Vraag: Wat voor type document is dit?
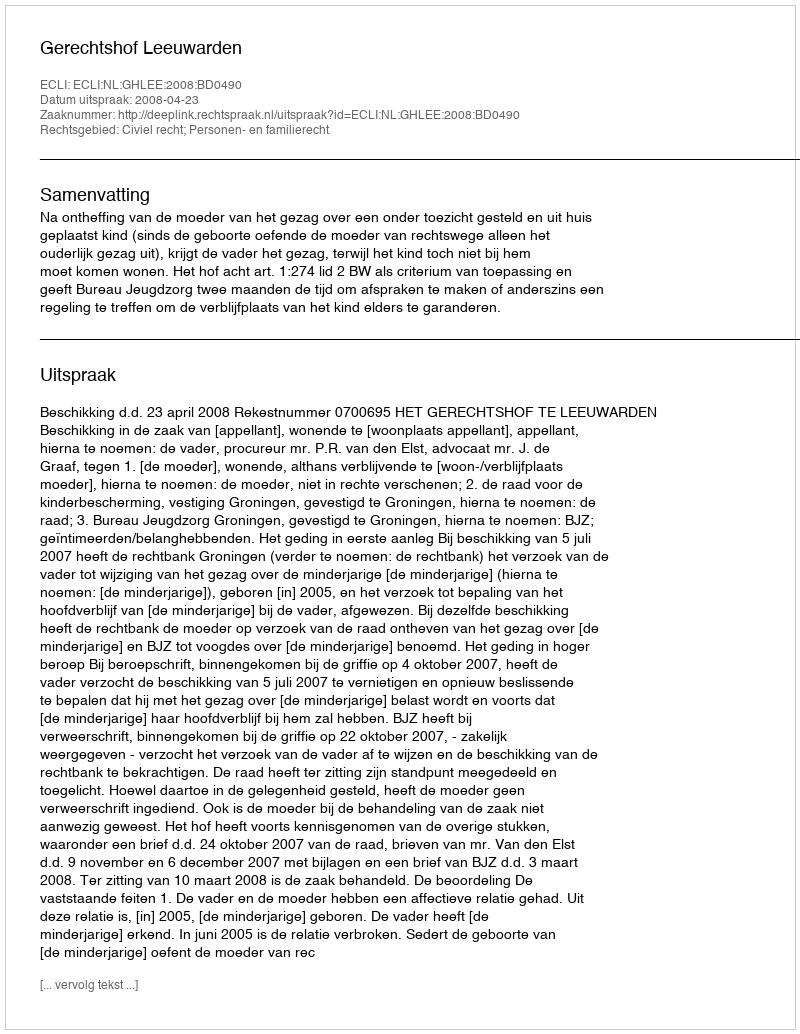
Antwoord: Uitspraak